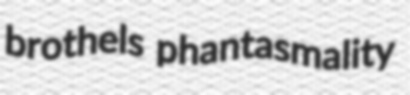
brothels phantasmality